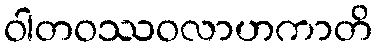
ဝါတဝဿဝလာဟကာတိ